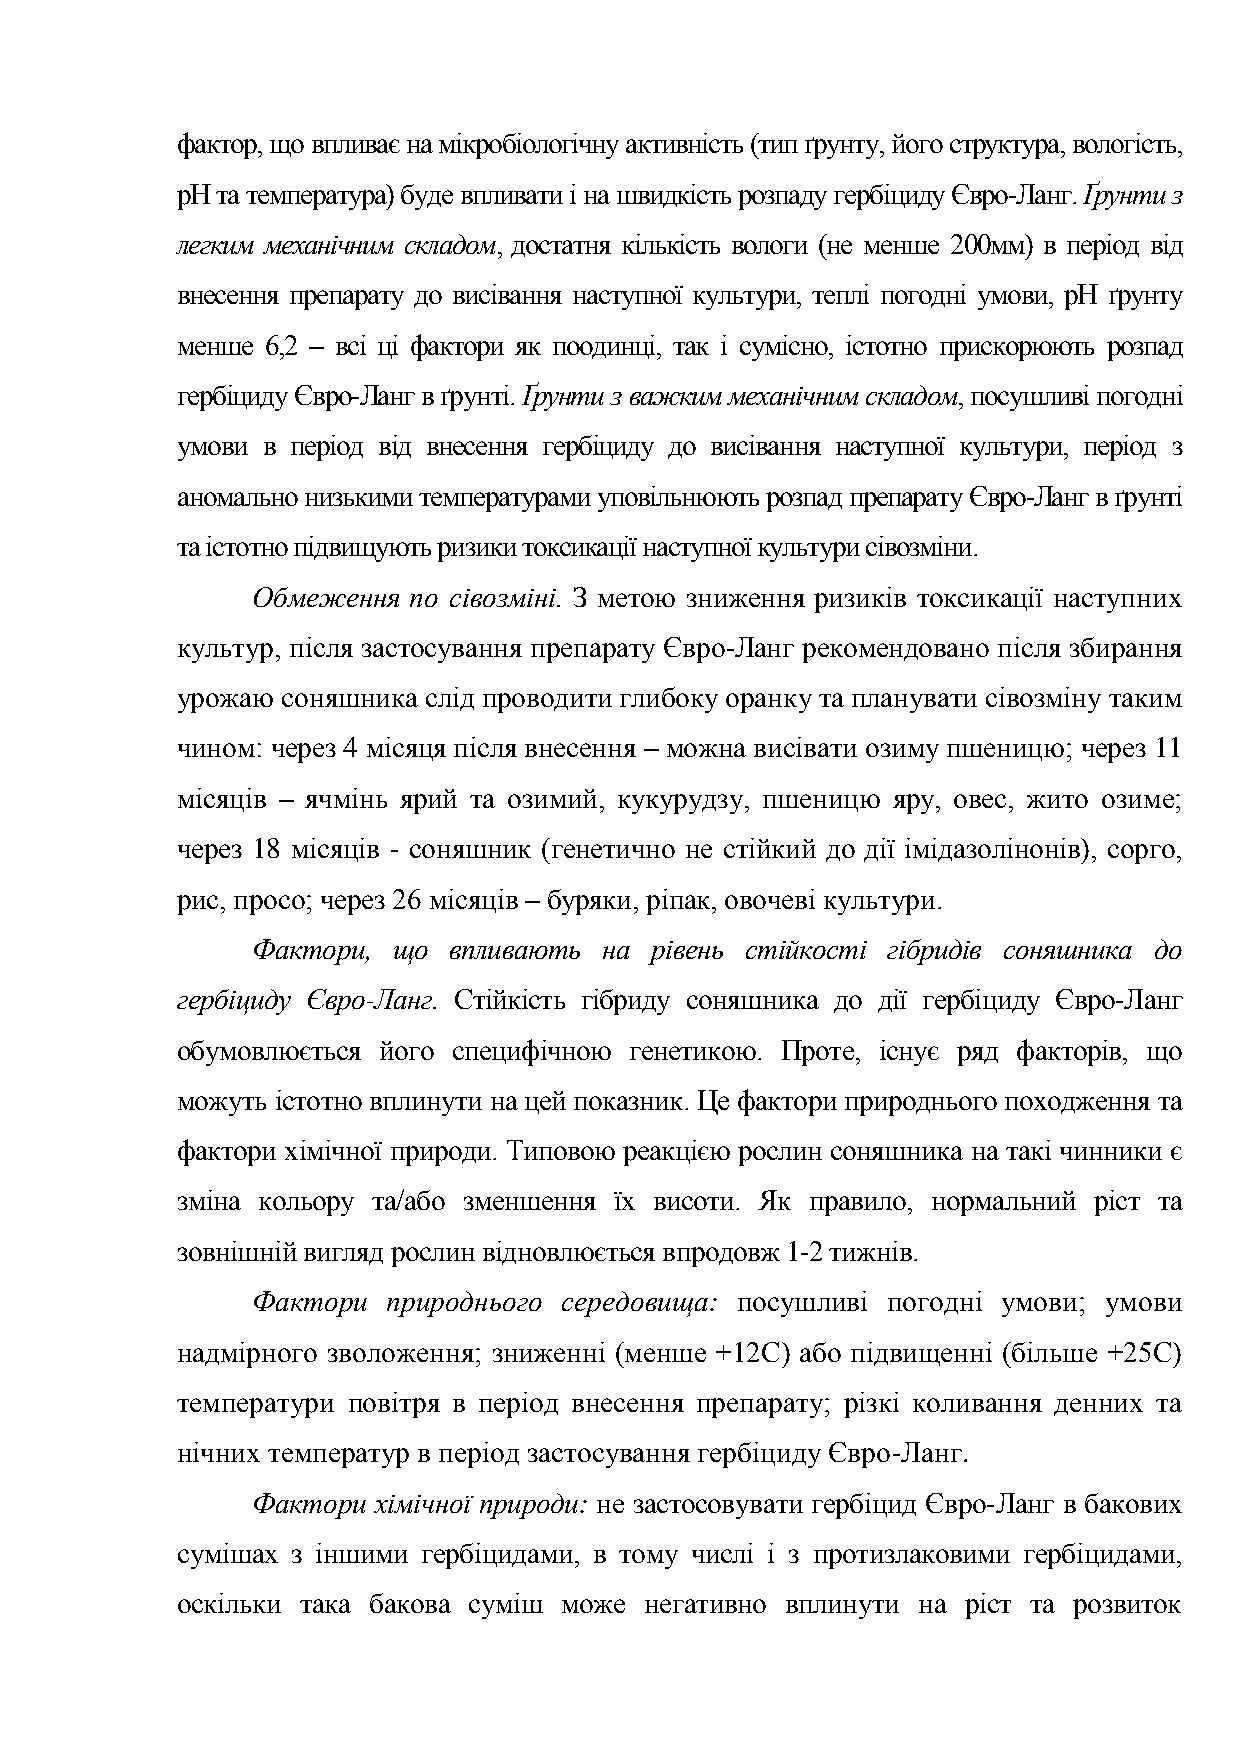
фактор, що впливає на мікробіологічну активність (тип ґрунту, його структура, вологість,
 рН та температура) буде впливати і на швидкість розпаду гербіциду Євро-Ланг. Ґрунти з
 легким механічним складом, достатня кількість вологи (не менше 200мм) в період від
 внесення препарату до висівання наступної культури, теплі погодні умови, рН ґрунту
 менше 6,2 – всі ці фактори як поодинці, так і сумісно, істотно прискорюють розпад
 гербіциду Євро-Ланг в ґрунті. Ґрунти з важким механічним складом, посушливі погодні
 умови в період від внесення гербіциду до висівання наступної культури, період з
 аномально низькими температурами уповільнюють розпад препарату Євро-Ланг в ґрунті
 та істотно підвищують ризики токсикації наступної культури сівозміни.
 Обмеження по сівозміні. З метою зниження ризиків токсикації наступних
 культур, після застосування препарату Євро-Ланг рекомендовано після збирання
 урожаю соняшника слід проводити глибоку оранку та планувати сівозміну таким
 чином: через 4 місяця після внесення – можна висівати озиму пшеницю; через 11
 місяців – ячмінь ярий та озимий, кукурудзу, пшеницю яру, овес, жито озиме;
 через 18 місяців - соняшник (генетично не стійкий до дії імідазолінонів), сорго,
 рис, просо; через 26 місяців – буряки, ріпак, овочеві культури.
 Фактори, що  впливають на рівень стійкості гібридів соняшника до
 гербіциду Євро-Ланг. Стійкість гібриду соняшника до дії гербіциду Євро-Ланг
 обумовлюється його специфічною генетикою. Проте, існує ряд факторів, що
 можуть істотно вплинути на цей показник. Це фактори природнього походження та
 фактори хімічної природи. Типовою реакцією рослин соняшника на такі чинники є
 зміна кольору та/або зменшення їх висоти. Як правило, нормальний ріст та
 зовнішній вигляд рослин відновлюється впродовж 1-2 тижнів.
 Фактори  природнього середовища: посушливі погодні умови; умови
 надмірного зволоження; зниженні (менше +12С) або підвищенні (більше +25С)
 температури повітря в період внесення препарату; різкі коливання денних та
 нічних температур в період застосування гербіциду Євро-Ланг.
 Фактори хімічної природи: не застосовувати гербіцид Євро-Ланг в бакових
 сумішах з іншими гербіцидами, в тому числі і з протизлаковими гербіцидами,
 оскільки така бакова суміш може негативно вплинути на ріст та розвиток